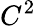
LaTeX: C^{2}